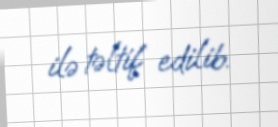
ilə təltif edilib.